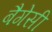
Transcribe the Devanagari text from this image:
बैगेसी